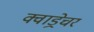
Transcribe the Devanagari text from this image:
क्वाड्रेचर